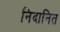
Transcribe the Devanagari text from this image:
निदानित